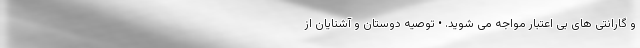
و گارانتی های بی اعتبار مواجه می شوید. • توصیه دوستان و آشنایان از